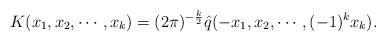
LaTeX: \begin{align*}K(x_1,x_2,\cdots,x_{k}) = (2\pi)^{-\frac{k}2} \hat q(-x_1,x_2,\cdots,(-1)^k x_{k}).\end{align*}